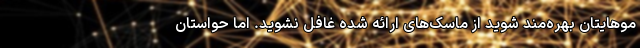
موهایتان بهره‌مند شوید از ماسک‌های ارائه شده غافل نشوید. اما حواستان